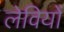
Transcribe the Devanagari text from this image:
लेवियों